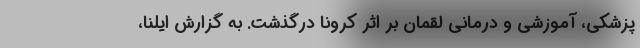
پزشکی، آموزشی و درمانی لقمان بر اثر کرونا درگذشت. به گزارش ایلنا،